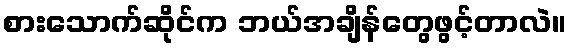
စားသောက်ဆိုင်က ဘယ်အချိန်တွေဖွင့်တာလဲ။